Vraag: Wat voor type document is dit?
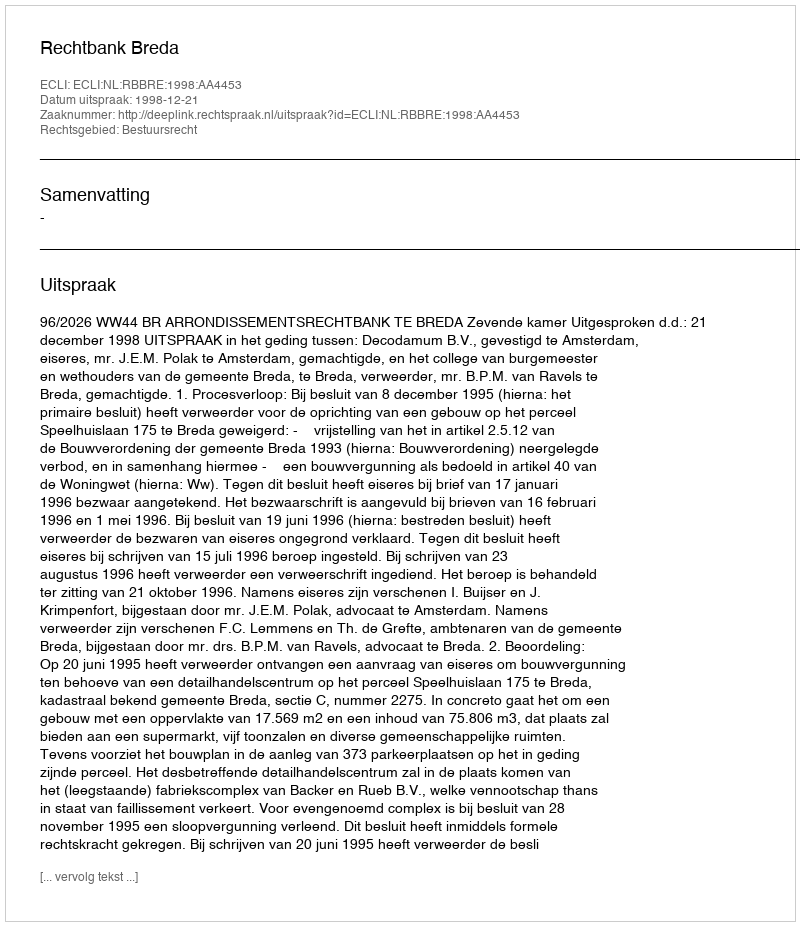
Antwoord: Uitspraak